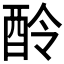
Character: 𨠎